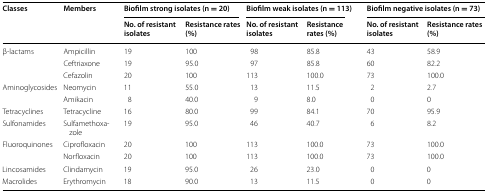
<table><thead><tr><td rowspan="2"><b>Classes</b></td><td rowspan="2"><b>Members</b></td><td colspan="2"><b>Biofilm strong isolates (n = 20)</b></td><td colspan="2"><b>Biofilm weak isolates (n = 113)</b></td><td colspan="2"><b>Biofilm negative isolates (n = 73)</b></td></tr><tr><td><b>No. of resistant isolates</b></td><td><b>Resistance rates (%)</b></td><td><b>No. of resistant isolates</b></td><td><b>Resistance rates (%)</b></td><td><b>No. of resistant isolates</b></td><td><b>Resistance rates (%)</b></td></tr></thead><tbody><tr><td rowspan="3">β-lactams</td><td>Ampicillin</td><td>19</td><td>100</td><td>98</td><td>85.8</td><td>43</td><td>58.9</td></tr><tr><td>Ceftriaxone</td><td>19</td><td>95.0</td><td>97</td><td>85.8</td><td>60</td><td>82.2</td></tr><tr><td>Cefazolin</td><td>20</td><td>100</td><td>113</td><td>100.0</td><td>73</td><td>100.0</td></tr><tr><td rowspan="2">Aminoglycosides</td><td>Neomycin</td><td>11</td><td>55.0</td><td>13</td><td>11.5</td><td>2</td><td>2.7</td></tr><tr><td>Amikacin</td><td>8</td><td>40.0</td><td>9</td><td>8.0</td><td>0</td><td>0</td></tr><tr><td>Tetracyclines</td><td>Tetracycline</td><td>16</td><td>80.0</td><td>99</td><td>84.1</td><td>70</td><td>95.9</td></tr><tr><td>Sulfonamides</td><td>Sulfamethoxazole</td><td>19</td><td>95.0</td><td>46</td><td>40.7</td><td>6</td><td>8.2</td></tr><tr><td rowspan="2">Fluoroquinones</td><td>Ciprofloxacin</td><td>20</td><td>100</td><td>113</td><td>100.0</td><td>73</td><td>100.0</td></tr><tr><td>Norfloxacin</td><td>20</td><td>100</td><td>113</td><td>100.0</td><td>73</td><td>100.0</td></tr><tr><td>Lincosamides</td><td>Clindamycin</td><td>19</td><td>95.0</td><td>26</td><td>23.0</td><td>0</td><td>0</td></tr><tr><td>Macrolides</td><td>Erythromycin</td><td>18</td><td>90.0</td><td>13</td><td>11.5</td><td>0</td><td>0</td></tr></tbody></table>